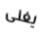
يغنى